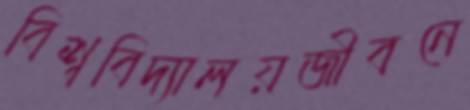
বিশ্ববিদ্যালয়জীবনে